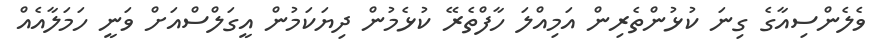
ވެލެންސިއާގެ ގިނަ ކުޅުންތެރިން އަމިއްލަ ހާފްތެރޭ ކުޅެމުން ދިޔަކަމުން އީގަލްސްއަށް ވަނީ ހަމަލާއެއް